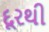
દૂરથી